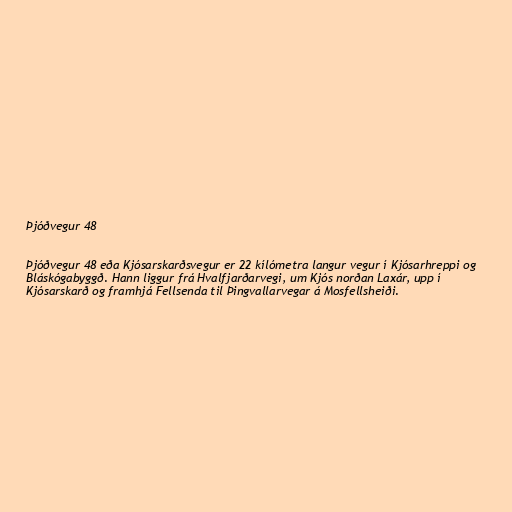
Þjóðvegur 48

Þjóðvegur 48 eða Kjósarskarðsvegur er 22 kílómetra langur vegur í Kjósarhreppi og
Bláskógabyggð. Hann liggur frá Hvalfjarðarvegi, um Kjós norðan Laxár, upp í
Kjósarskarð og framhjá Fellsenda til Þingvallarvegar á Mosfellsheiði.